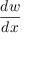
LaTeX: \frac { d w } { d x }